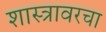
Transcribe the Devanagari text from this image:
शास्त्रावरचा